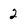
Character: 2